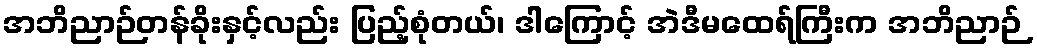
အဘိညာဉ်တန်ခိုးနှင့်လည်း ပြည့်စုံတယ်၊ ဒါကြောင့် အဲဒီမထေရ်ကြီးက အဘိညာဉ်